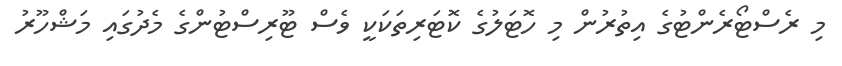
މި ރެސްޓޯރެންޓުގެ އިތުރުން މި ހޮޓަލުގެ ކޮޓަރިތަކަކީ ވެސް ޓޫރިސްޓުންގެ މެދުގައި މަޝްހޫރު